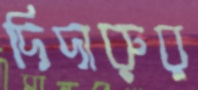
দিদারুর